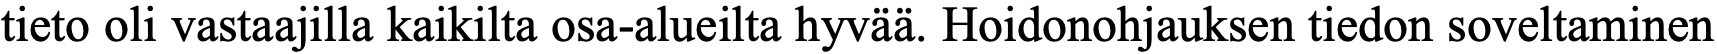
tieto oli vastaajilla kaikilta osa-alueilta hyvää. Hoidonohjauksen tiedon soveltaminen